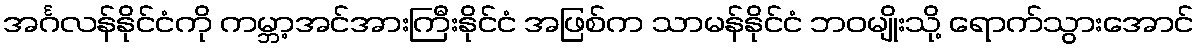
အင်္ဂလန်နိုင်ငံကို ကမ္ဘာ့အင်အားကြီးနိုင်ငံ အဖြစ်က သာမန်နိုင်ငံ ဘဝမျိုးသို့ ရောက်သွားအောင်